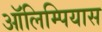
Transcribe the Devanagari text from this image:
ऑलिम्पियास